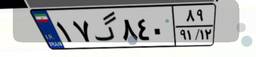
۱۷گ۸۴۰۸۹